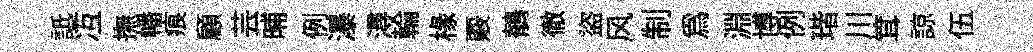
詆冱撫幡痕顧芸晡例瀑潯輪椽覈鶺徹盜风制為淵博例瑎川䇯諒伍